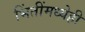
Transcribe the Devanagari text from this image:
भिंतींमध्येही